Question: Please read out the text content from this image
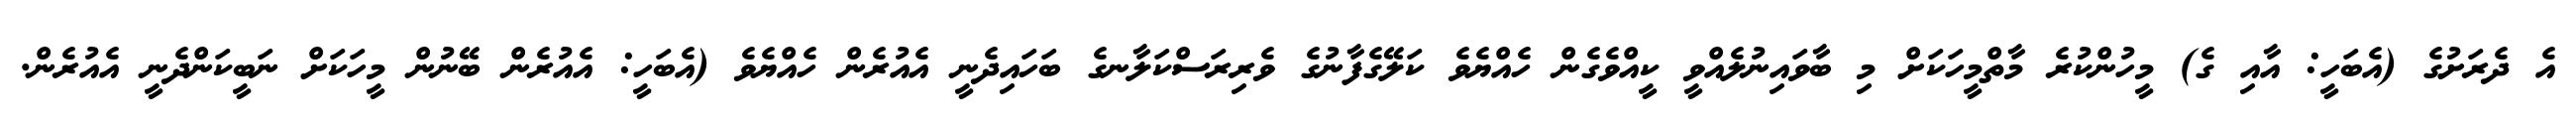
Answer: އެ ދެރަށުގެ (އެބަހީ: އާއި ގެ) މީހުންކުރެ މާތްމީހަކަށް މި ބާވައިނުލެއްވީ ކީއްވެގެން ހެއްޔެވެ ކަލޭގެފާނުގެ ވެރިރަސްކަލާނގެ ބަހައިދެނީ އެއުރެން ހެއްޔެވެ (އެބަހީ: އެއުރެން ބޭނުން މީހަކަށް ނަބީކަންދެނީ އެއުރެން.